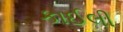
કાઈલી